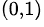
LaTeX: ^{(0,1)}